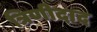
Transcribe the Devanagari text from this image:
त्रिणीदाद